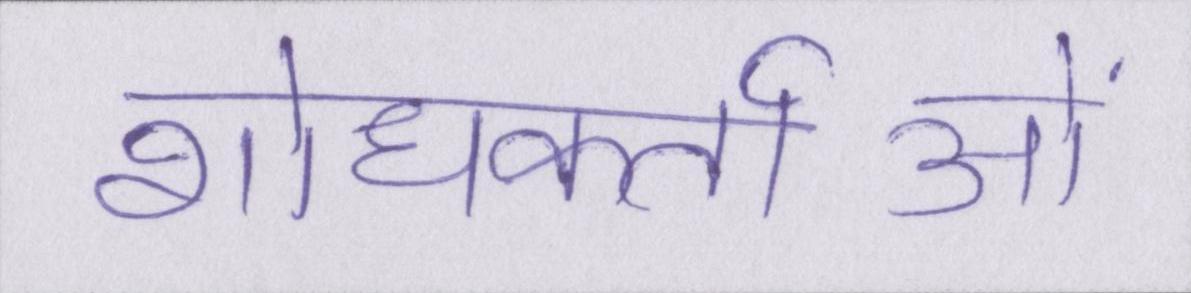
शोधकर्ताओं